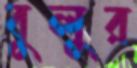
বুলুর